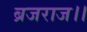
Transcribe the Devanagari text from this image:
ब्रजराज।।